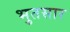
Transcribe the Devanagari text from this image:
भुतसार